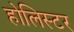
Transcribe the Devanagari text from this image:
होलिस्टर